Leaving Certificate, 1897
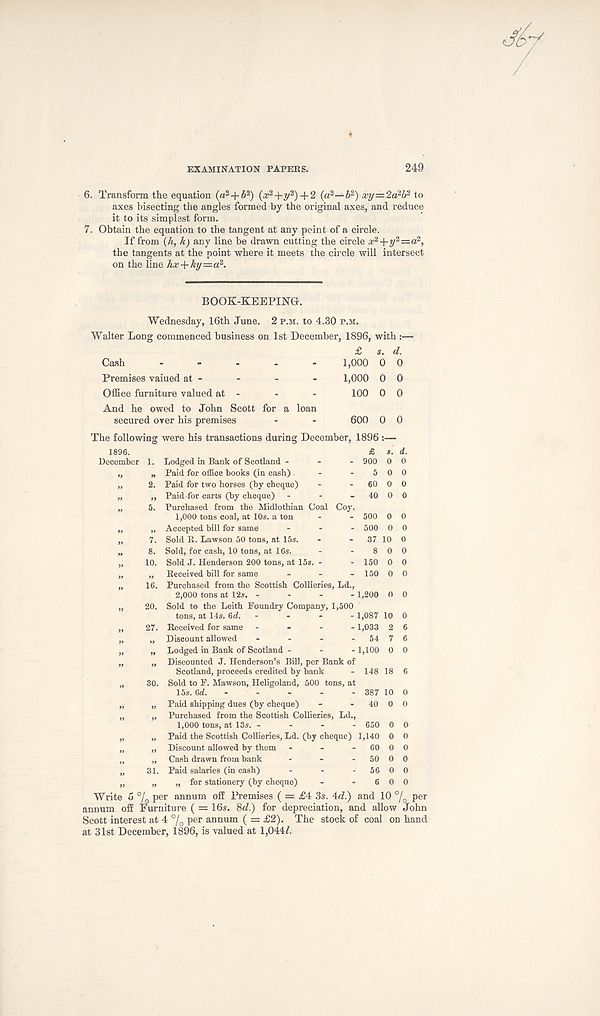
EXAMINATION PAPERS.
249
6. Transform the equation (a 2 + 5 2 ) (# 2 +y 2 ) + 2 (a 2 —6 2 ) xy—2d 2 ‘li i to
axes bisecting the angles formed by the original axes, and reduce
it to its simplest form.
7. Obtain the equation to the tangent at any point of a circle.
If from (A, Aj any line be drawn cutting the circle x 2 -j-?y 2 =a 2 ,
the tangents at the point where it meets the circle will intersect
on the line hx+ky—a 2 .
BOOK-KEEPING.
Wednesday, 16th June. 2 p.m. to 4.30 p.m.
Walter Long commenced business on 1st December, 1896, with :—
Cash
-
-
-
-
Premises vaiued at -
Office furniture valued at -
And he owed to John Scott for a loan
secured over his premises
£ s. d.
1,000 0 0
1,000 0 0
100 0 0
600 0 0
The following were his transactions during December, 1896 :—
1896.
& S.
December 1. Lodged in Bank of Scotland - - - 900 0
„ „ Paid for office books (in cash). - - 5 0
„ 2. Paid for two horses (by cheque) - - 60 0
„ „ Paid-for carts (by cheque) - - - 40 0
„ 5. Purchased from the Midlothian Coal Coy.
1,000 tons coal, at 10s. a ton - - 500 0
„ „ Accepted bill for same ... 500 0
„ 7. Sold R. Lawson 50 tons, at 15s. - - 37 10
„ 8. Sold, for cash, 10 tons, at 16s. - - 8 0
„ 10. Sold J. Henderson 200 tons, at 15s. - - 150 0
„ „ Received bill for same - - - 150 0
„ 16. Purchased from the Scottish Collieries, Ld.,
2,000 tons at 12s. - - - - 1,200 0
„ 20. Sold to the Leith Foundry Company, 1,500
tons, at 14s. 6d. - - - - 1,087 10
„ 27. Received for same - - - -1,033 2
„ Discount allowed - - - - 54 7
„ Lodged in Bank of Scotland - - -1,100 0
„ Discounted J. Henderson’s Bill, per Bank of
Scotland, proceeds credited by bank - 148 18
30. Sold to F. Mawson, Heligoland, 500 tons, at
15s. 6d.
387 10
„ Paid shipping dues (by cheque) - - 40 0
„ Purchased from the Scottish Collieries, Ld.,
1,000 tons, at 13s. - - - - 650 0
„ Paid the Scottish Collieries, Ld. (by cheque) 1,140 0
„ Discount allowed by them - - - 60 0
„ Cash drawn from bank - - - 50 0
31. Paid salaries (in cash) - - - 56 0
„ „ for stationery (by cheque) - - 6 0
d. 0
0
0
0
0
0
0
0
0
0
0
0
6
6
0
6
0
0
0
0
O
0
0
0
Write 5 °/ 0 per annum off Premises ( = £4 3s. 4d.) and 10 °/ 0 per
annum off Furniture ( = 16s. 8J.) for depreciation, and allow John
Scott interest at 4 % P er ami um ( = £2). The stock of coal on hand
at 31st December, 1896, is valued at 1,044A